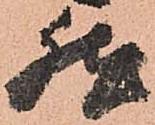
然